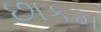
છાકમ